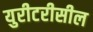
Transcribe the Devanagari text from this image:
युरीटरीसील